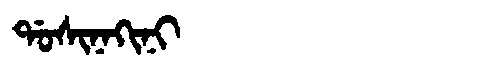
Manchu: ᡩᠣᠰᡳᠨᠠᡴᡳᠨᡳ
Romanization: DOSINAKINI